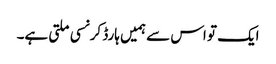
ایک تو اس سے ہمیں ہارڈ کرنسی ملتی ہے۔